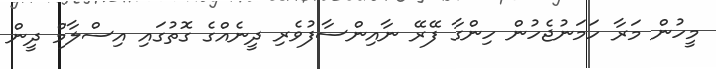
މީހުން މަރާ ހަމަނުޖެހުން ހިންގާ ފޭރޭ ނާއިންސާފުވެރި ދީނެއްގެ ގޮތުގައި އިސްލާމް ދީން